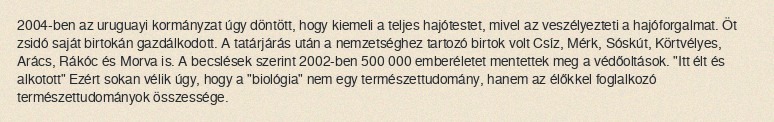
2004-ben az uruguayi kormányzat úgy döntött, hogy kiemeli a teljes hajótestet, mivel az veszélyezteti a hajóforgalmat. Öt zsidó saját birtokán gazdálkodott. A tatárjárás után a nemzetséghez tartozó birtok volt Csíz, Mérk, Sóskút, Körtvélyes, Arács, Rákóc és Morva is. A becslések szerint 2002-ben 500 000 emberéletet mentettek meg a védőoltások. "Itt élt és alkotott" Ezért sokan vélik úgy, hogy a "biológia" nem egy természettudomány, hanem az élőkkel foglalkozó természettudományok összessége.